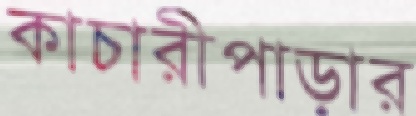
কাচারীপাড়ার